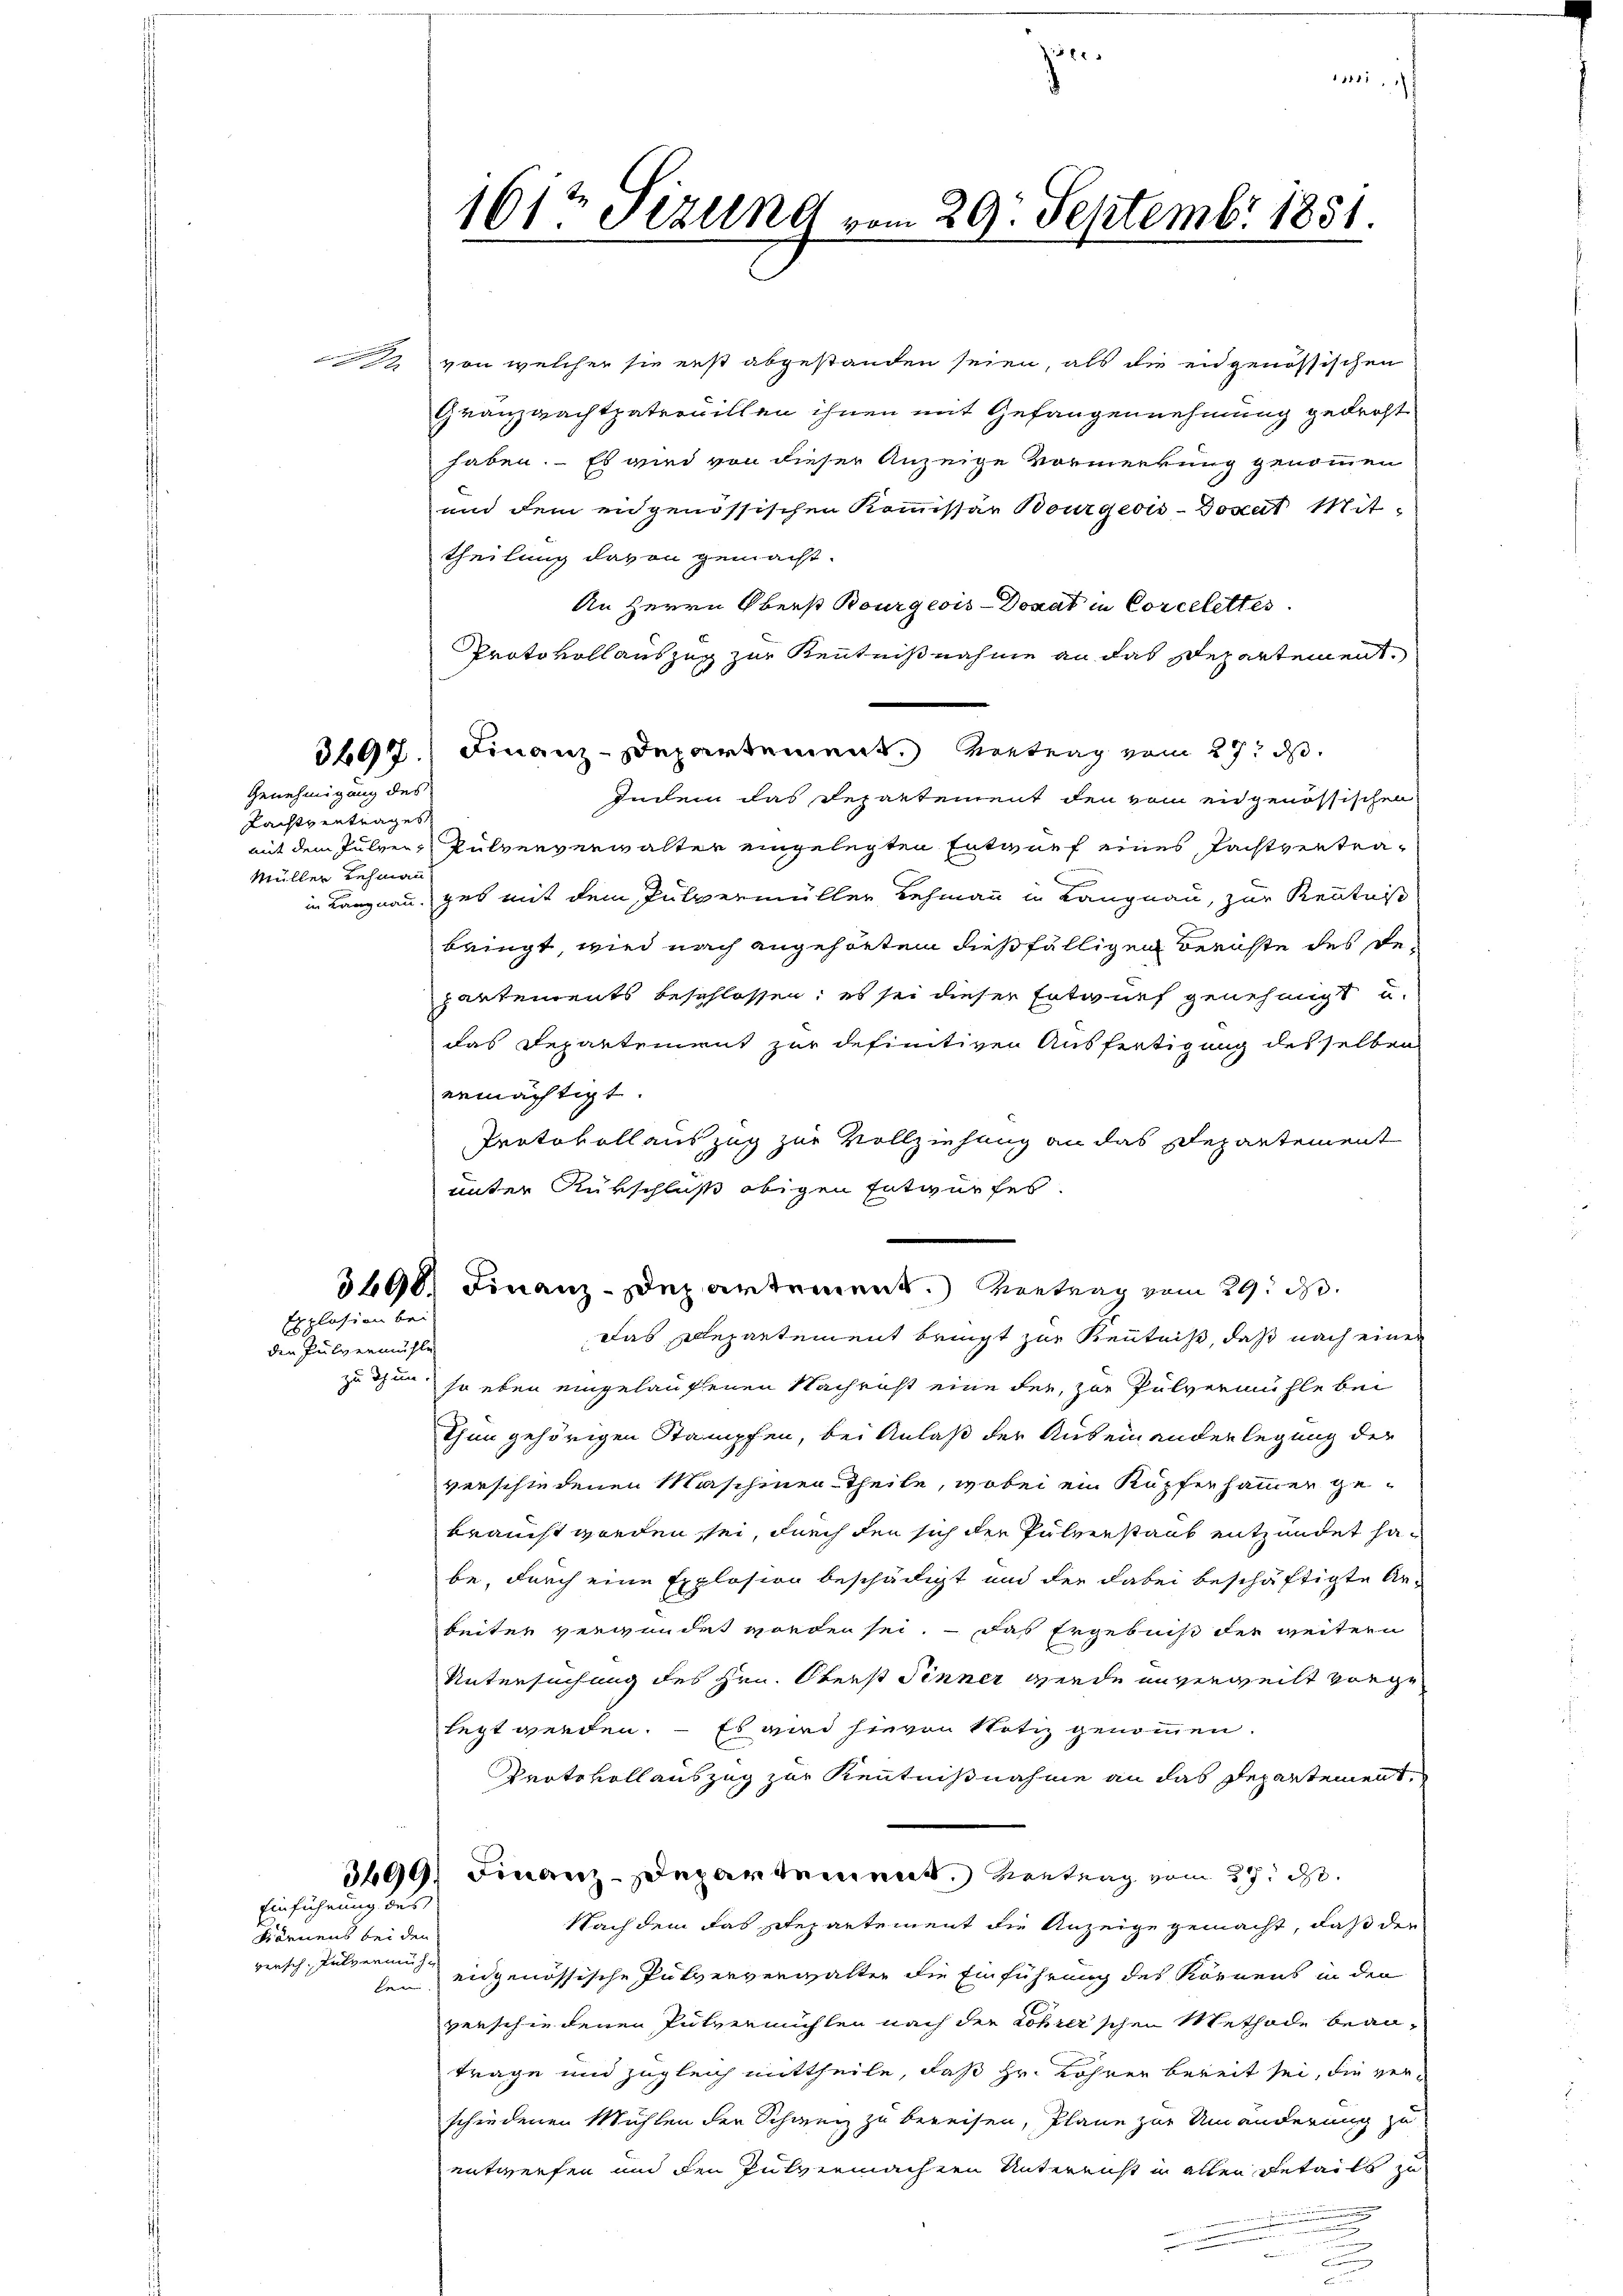
Genehmigung des
Pachtvertrages
Müller Lehmann

Explosion bei
den Pulvermühle

Einführung des

Könnens bei den
versch, Pulvermüh¬

902 von welcher sie erst abgestanden seien, als die eidgenössischen
Granzwachtpatrouillen ihnen mit Gefangennehmung gedroht
haben. Es wird von dieser Anzeige Vormerkung genommen
und dem eidgenössischen Kommissar Bourgeois-Dosat Mittheilung davon gemacht.
An Herrn Oberst Rourgeois-Donat in Corcelettes
Pprato vollauszug zur Kenntnißnahme an das Departement,
3697. Finanz-Departement. Vertrag vom 27. d.
Indem das Departement den vom eigenössischen
mit dem Julver, Pulververwalter eingelegten Entwurf eines Pachtvertrain Langnau, ges mit dem Pulvermüller Lehmann in Langnau, zur Kenntniß
bringt, wird nach angehörten dießfälligen Berichte des Departements beschlossen; es sei dieser Entwurf genehmigt u.
das Departement zur definitiven Ausfertigung des selben
ermächtigt.
Protokollauszug zur Vollziehung an das Departement
unter Rükschluß obigen Entwurfes.
3690 Finanz-Departement.) Vertrag vom 29. d.
Das Departement bringt zur Kenntniß, daß nach einer
zu thun, so eben eingelaufenen Nachricht eine der, zur Pulvermühle bei
Thun gehörigen Stampfen, bei Anlaß der Auseinanderlegung der
verschiedenen Maschinen Theile, wobei ein Kupferhammer ge-
braucht worden sei, durch den sich der Pulverstaub entzündet habe, durch eine Explosion beschädigt und der dabei beschäftigte An-
beiter verwundet worden sei. – Das Ergebniß der weitern
Untersuchung des Hrn. Oberst Finner wurde unverweilt vorge
legt werden. – Es wird hievon Notiz genommen.
Protokollauszug zur Kenntnißnahme an das Departement,
3699, Finanz-Departement. Vertrag vom 27. d.
Nachdem das Departement die Anzeige gemacht, daß der
len eidgenössische Pulververwalter die Einführung des Körnens in den
verschiedenen Putvermühlen nach der Lohrerschen Methode beantrage und zugleich mittheile, daß Hr. Lohrer bereit sei, die verschiedenen Mühlen der Schweiz zu bereisen, Plane zur Umänderung zu
entwerfen und den Pulvermachen Unterricht in allen Details zu

.

161te Sezung vom 29. Septembr 1851.

181

1851